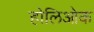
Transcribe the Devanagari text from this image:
होलिओक